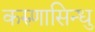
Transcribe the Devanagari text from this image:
करुणासिन्धु